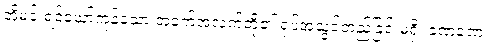
အိုမင်းရင့်ယော်ကုန်သော အခက်အလက်တို့၏ ရုပ်အသွင်တည်ခြင်းမရှိ၊ ခဏခဏ